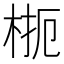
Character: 𱣜